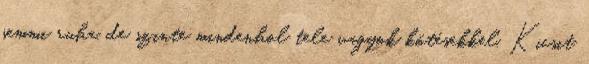
semmi ruha, de szinte mindenhol tele vagyok kötésekkel. Kicsit